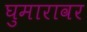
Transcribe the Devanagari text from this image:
घुमारावर